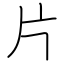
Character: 片